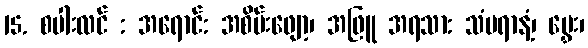
15. စပါးလင် : အရောင်: အစိမ်းဖျော့၊ အဖြူ အရသာ: သံပရာနံ့၊ မွှေး၊